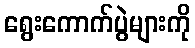
ရွေးကောက်ပွဲများကို